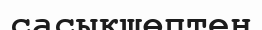
сасықшөптен